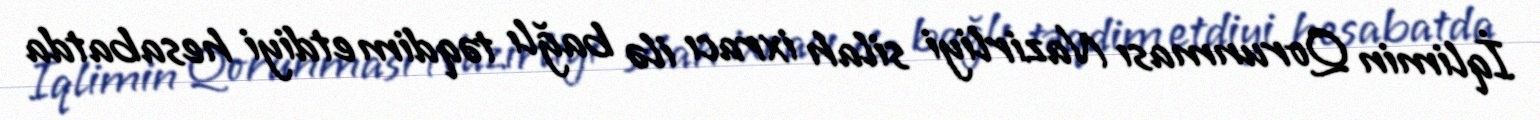
İqlimin Qorunması Nazirliyi silah ixracı ilə bağlı təqdim etdiyi hesabatda